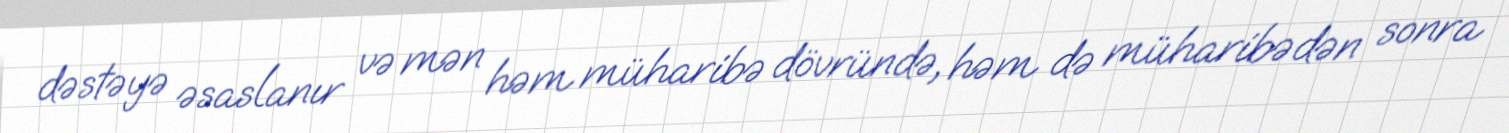
dəstəyə əsaslanır və mən həm müharibə dövründə, həm də müharibədən sonra